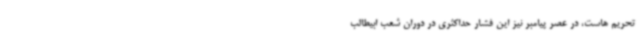
تحریم هاست، در عصر پیامبر نیز این فشار حداکثری در دوران شعب ابیطالب